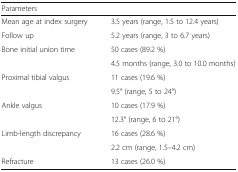
| <COLSPAN=2> Parameters |
 | --- | --- |
 | Mean age at index surgery | 3.5 years (range, 1.5 to 12.4 years) |
 | Follow up | 5.2 years (range, 3 to 6.7 years) |
 | <ROWSPAN=2> Bone initial union time | 50 cases (89.2 %) |
 | 4.5 months (range, 3.0 to 10.0 months) |
 | <ROWSPAN=2> Proximal tibial valgus | 11 cases (19.6 %) |
 | 9.5° (range, 5 to 24°) |
 | <ROWSPAN=2> Ankle valgus | 10 cases (17.9 %) |
 | 12.3° (range, 6 to 21°) |
 | <ROWSPAN=2> Limb-length discrepancy | 16 cases (28.6 %) |
 | 2.2 cm (range, 1.5–4.2 cm) |
 | Refracture | 13 cases (26.0 %) |